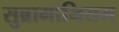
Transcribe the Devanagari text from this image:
सुब्रामानियम